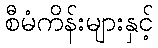
စီမံကိန်းများနှင့်